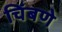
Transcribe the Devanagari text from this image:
चिंबणे